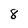
Character: 8